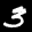
Label: 3